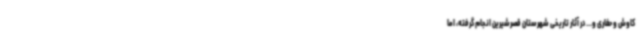
کاوش و حفاری و... در آثار تاریخی شهرستان قصرشیرین انجام گرفته، اما